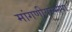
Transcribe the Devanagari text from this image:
मांगणीयरभोपा